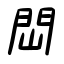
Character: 閊